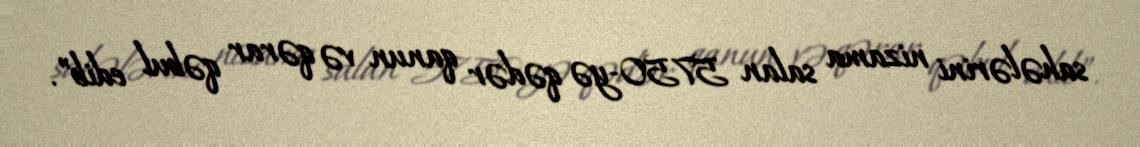
sahələrini nizama salan 5750-yə qədər qanun və qərar qəbul edib”.